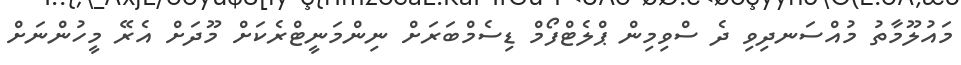
މައުލޫމާތު މުއްސަނދިވި ދެ ސްވިމިން ޕްލެޓްފޯމް ޑިސެމްބަރަށް ނިންމަނީޓްރެކަށް މޫދަށް އެރޭ މީހުންނަށް